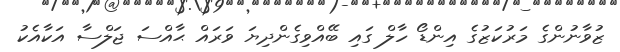
ޒުވާނުންގެ މަރުކަޒުގެ އިންޑޯ ހާލް ގައި ބޭއްވިގެންދިޔަ ވަރައް ޙާއްސަ ޖަލްސާ އަކާއެކު